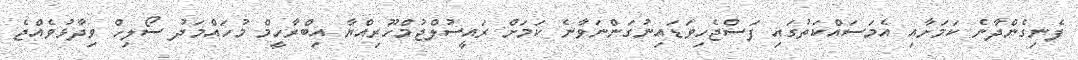
ފެނިގެންދާނެ ކަމަށާއި އެމަސައްކަތުގައި ފަސްޖެހިވަޑައިނުގަންނަވާނެ ކަމަށް ރައީސުލްޖުމްހޫރިއްޔާ އިބްރާހީމް މުހައްމަދު ސޯލިހް ވިދާޅުވެއްޖެ